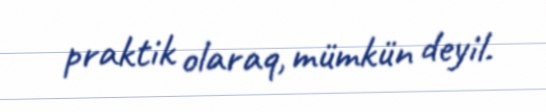
praktik olaraq, mümkün deyil.